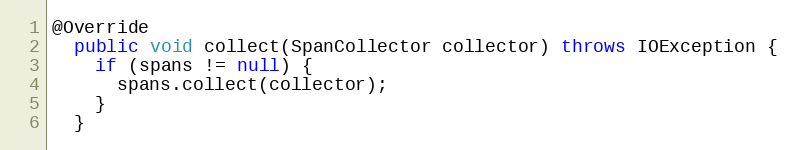
Language: Java
@Override
  public void collect(SpanCollector collector) throws IOException {
    if (spans != null) {
      spans.collect(collector);
    }
  }